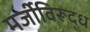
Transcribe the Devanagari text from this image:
मर्जीविरूद्ध